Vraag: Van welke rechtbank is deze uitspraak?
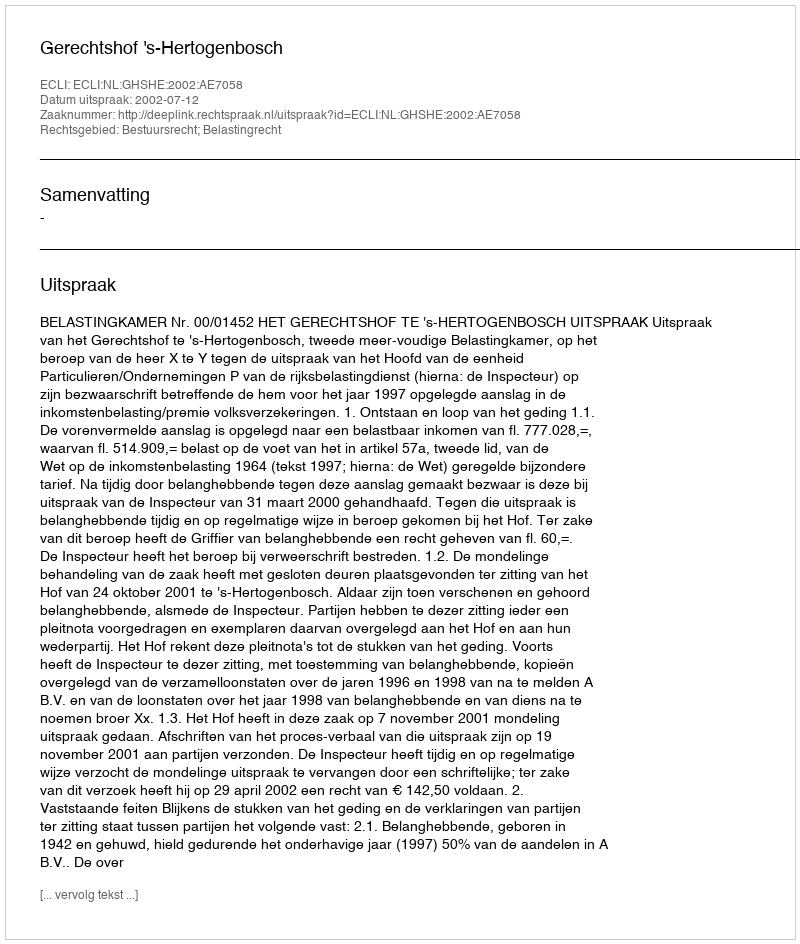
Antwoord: Gerechtshof 's-Hertogenbosch